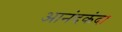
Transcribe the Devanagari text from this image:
आनंदकंदा